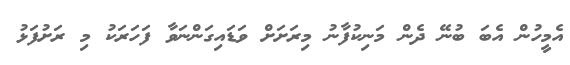
އެމީހުން އެބަ ބުނޭ ދެން މަނިކުފާނު މިރަށަށް ވަޑައިގަންނަވާ ފަހަރަކު މި ރަށުފަޅު